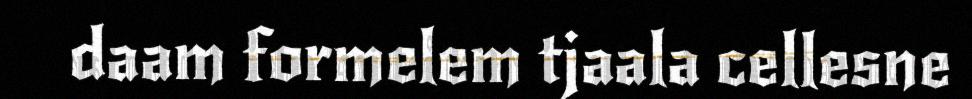
daam formelem tjaala cellesne